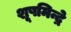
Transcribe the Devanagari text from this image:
शूषमिन्द्रे